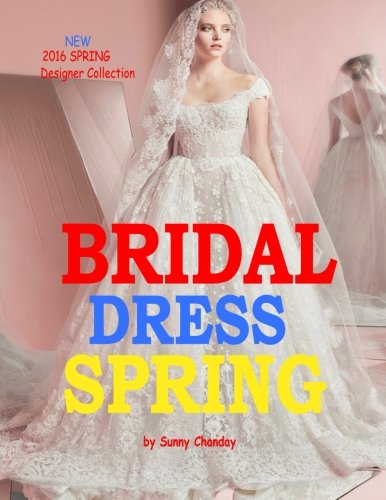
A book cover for Bridal Dress Spring; Sunny Chanday; Crafts, Hobbies & Home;